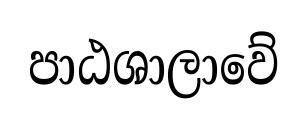
පාඨශාලාවේ